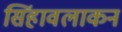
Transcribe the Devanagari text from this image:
सिंहावलाकन